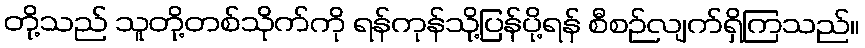
တို့သည် သူတို့တစ်သိုက်ကို ရန်ကုန်သို့ပြန်ပို့ရန် စီစဉ်လျက်ရှိကြသည်။